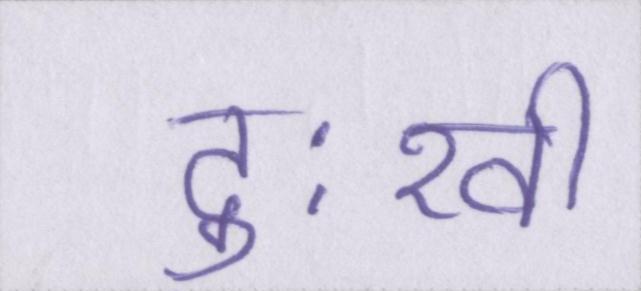
दुःखी